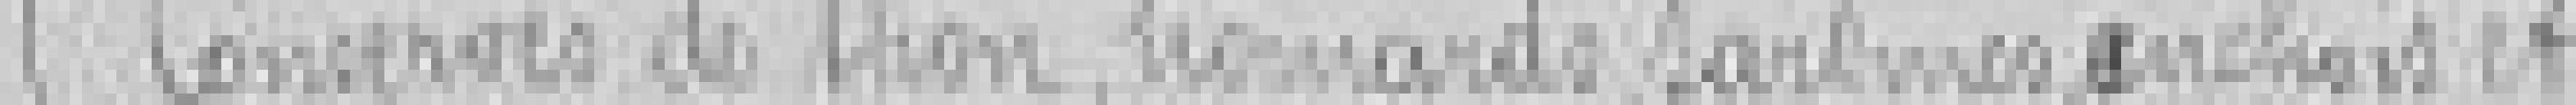
5. Conserves de thon, homards, sardines, anchois et